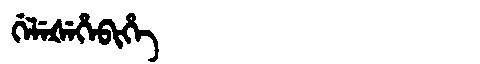
Manchu: ᡤᡝᠯᡝᡧᡝᡥᡝᠪᡳᡥᡝ
Romanization: GELEŠEHEBIHE